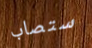
ستصاب